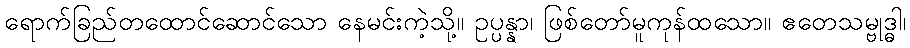
ရောက်ခြည်တထောင်ဆောင်သော နေမင်းကဲ့သို့။ ဥပ္ပန္နာ၊ ဖြစ်တော်မူကုန်ထသော။ ဧတေသမ္ဗုဒ္ဓါ၊